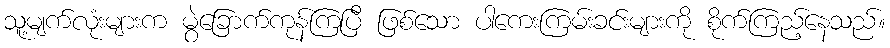
သူ့မျက်လုံးများက မွဲခြောက်ကုန်ကြပြီ ဖြစ်သော ပါကေးကြမ်းခင်းများကို စိုက်ကြည့်နေသည်။